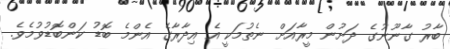
ބާރު ގާނޫނުގެ ދަށުން މީރާއަށް ނެތުމަކީ އެ އިދާރާގެ އެންމެ ބޮޑު ކަންބޮޑުވުމެވެ.